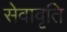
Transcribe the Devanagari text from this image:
सेवावृति